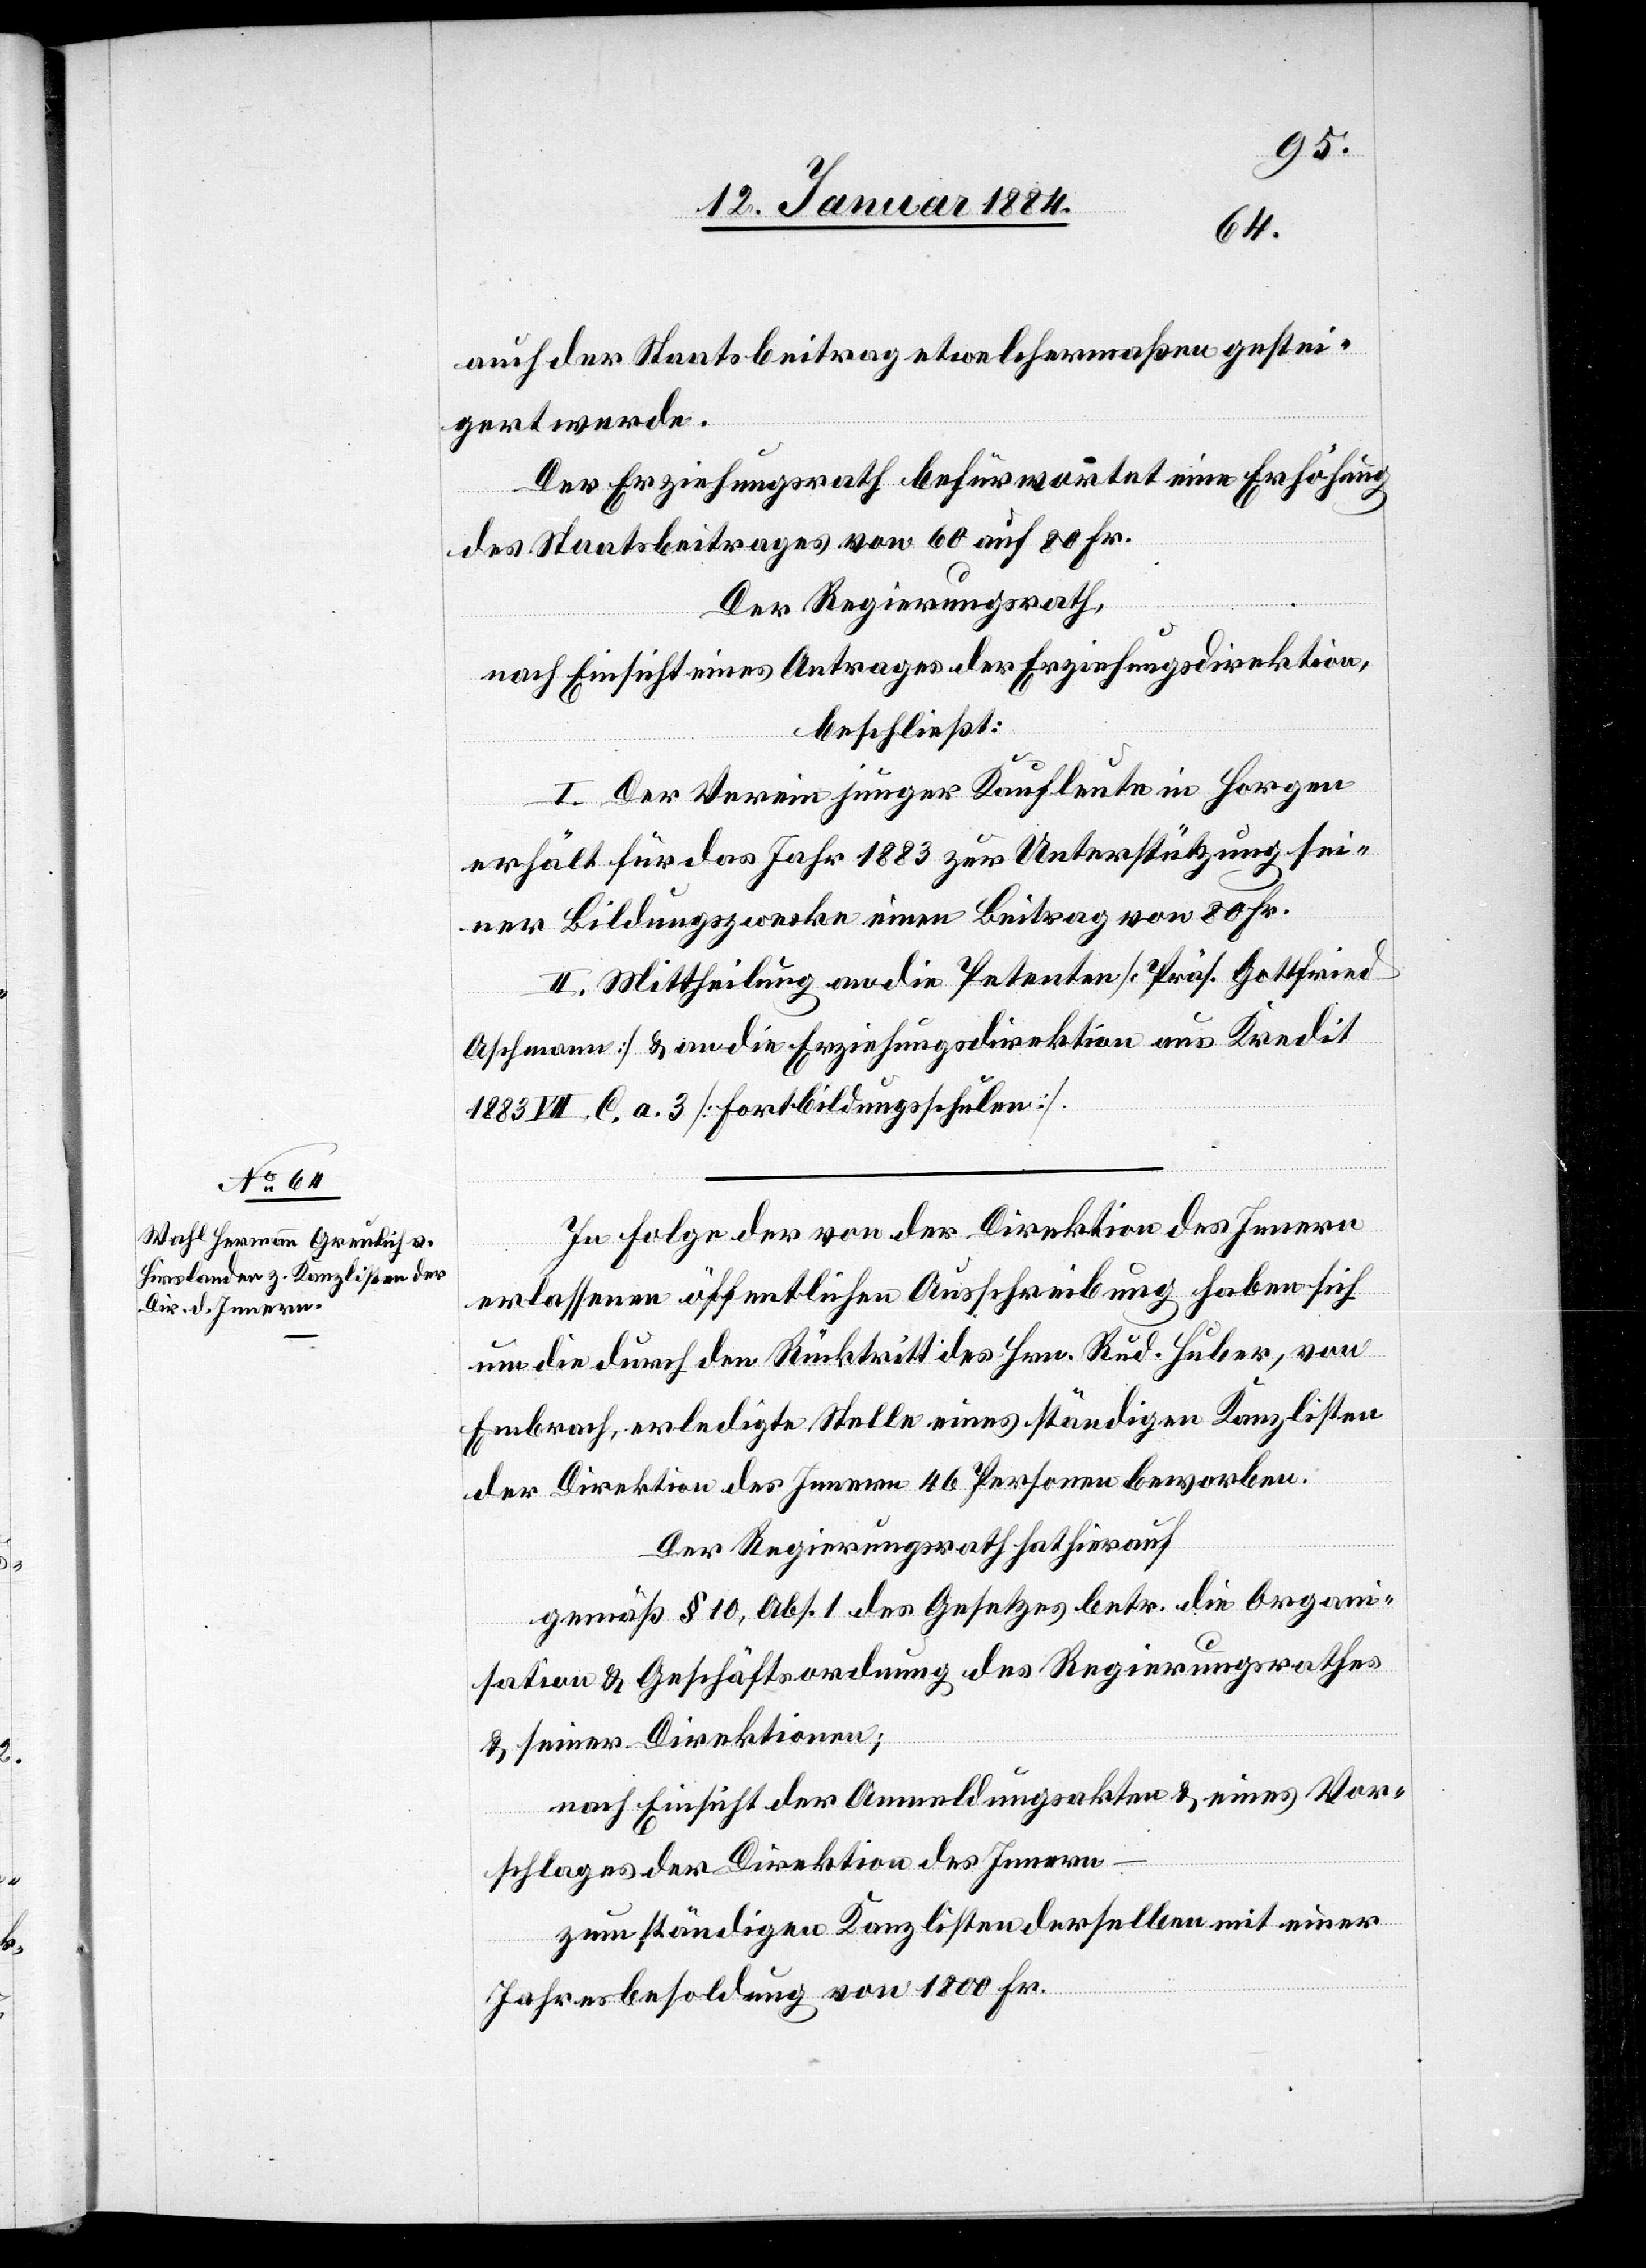
auch der Staatsbeitrag etwelchermaßen gestei¬
gert werde.
Der Erziehungsrath befürwortet eine Erhöhung
des Staatsbeitrages von 60 auf 80 Fr.
Der Regierungsrath,
nach Einsicht eines Antrages der Erziehungsdirektion,
beschließt:
I. Der Verein junger Kaufleute in Horgen
erhält für das Jahr 1883 zur Unterstützung sei¬
ner Bildungszwecke einen Beitrag von 80 Fr.
II. Mittheilung an die Petenten [Präs. Gottfried
Aschmann] & an die Erziehungsdirektion aus Kredit
1883 VII. C. a. 3 [Fortbildungsschulen].
In Folge der von der Direktion des Innern
erlassene öffentliche Ausschreibung haben sich
um die durch den Rücktritt des Hrn. Rud. Huber, von
Embrach, erledigte Stelle eines ständigen Kanzlisten
der Direktion des Innern 46 Personen beworben.
Der Regierungsrath hat hierauf,
gemäß § 10, Abs. 1 des Gesetzes betr. die Organi¬
sation & Geschäftsordnung des Regierungsrathes
& seiner Direktionen;
nach Einsicht der Anmeldungsakten & eines Vor¬
schlages der Drektion des Innern
zum ständigen Kanzlisten derselben mit einer
Jahresbesoldung von 1800 Fr.